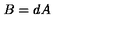
B = d A